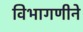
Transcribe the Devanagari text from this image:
विभागणीने